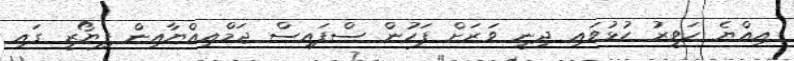
އިއްޔެ ހަވީރު ހުޅުވައި ދިނީ ވަރަށް ފަހުން ސްފައިސް ޖަމްޢިއްޔާއިން ފިޔޯރީ ގައި